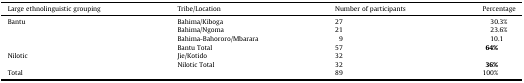
| Large ethnolinguistic grouping | Tribe/Location | Number of participants | Percentage |
 | --- | --- | --- | --- |
 | Bantu | Bahima/Kiboga | 27 | 30.3% |
 |  | Bahima/Ngoma | 21 | 23.6% |
 |  | Bahima-Bahororo/Mbarara | 9 | 10.1 |
 |  | Bantu Total | 57 | 64% |
 | Nilotic | Jie/Kotido | 32 |  |
 |  | Nilotic Total | 32 | 36% |
 | Total |  | 89 | 100% |